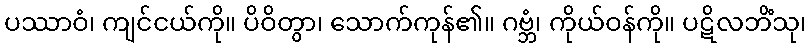
ပဿာဝံ၊ ကျင်ငယ်ကို။ ပိဝိတွာ၊ သောက်ကုန်၏။ ဂဗ္ဘံ၊ ကိုယ်ဝန်ကို။ ပဋိလဘိံသု၊